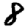
Digit: 8